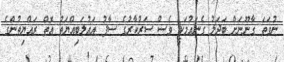
ނުވަތަ ގާނޫނަށް ބަދަލު ގެނައުމަކީ ވެސް ސަރުކާރުގެ ސާފު އަޣުލަބިއްޔަތު އޮތް ރައްޔިތުންގެ